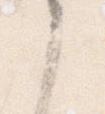
之